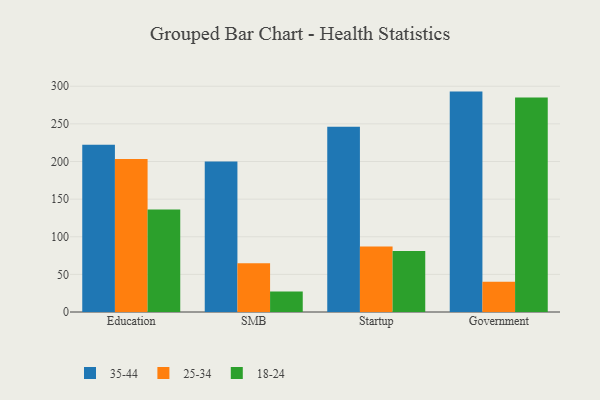
{"axis": {"x": "Segment", "y": "Satisfaction Score"}, "legend": ["18-24", "25-34", "35-44"], "data": [{"x": "Education", "y": 222.3, "type": "35-44"}, {"x": "Education", "y": 203.4, "type": "25-34"}, {"x": "Education", "y": 136.1, "type": "18-24"}, {"x": "SMB", "y": 200.1, "type": "35-44"}, {"x": "SMB", "y": 64.8, "type": "25-34"}, {"x": "SMB", "y": 27.1, "type": "18-24"}, {"x": "Startup", "y": 246.3, "type": "35-44"}, {"x": "Startup", "y": 87.1, "type": "25-34"}, {"x": "Startup", "y": 80.9, "type": "18-24"}, {"x": "Government", "y": 292.9, "type": "35-44"}, {"x": "Government", "y": 40.1, "type": "25-34"}, {"x": "Government", "y": 285.1, "type": "18-24"}]}